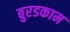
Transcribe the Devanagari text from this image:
बुरडकाम